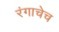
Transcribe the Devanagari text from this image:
रंगाचेच